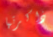
ذاكرتها